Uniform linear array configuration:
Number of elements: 12
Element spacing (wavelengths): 0.75
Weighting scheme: hann
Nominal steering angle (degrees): -30
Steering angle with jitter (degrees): -29.798
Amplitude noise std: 0.05
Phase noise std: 0.05

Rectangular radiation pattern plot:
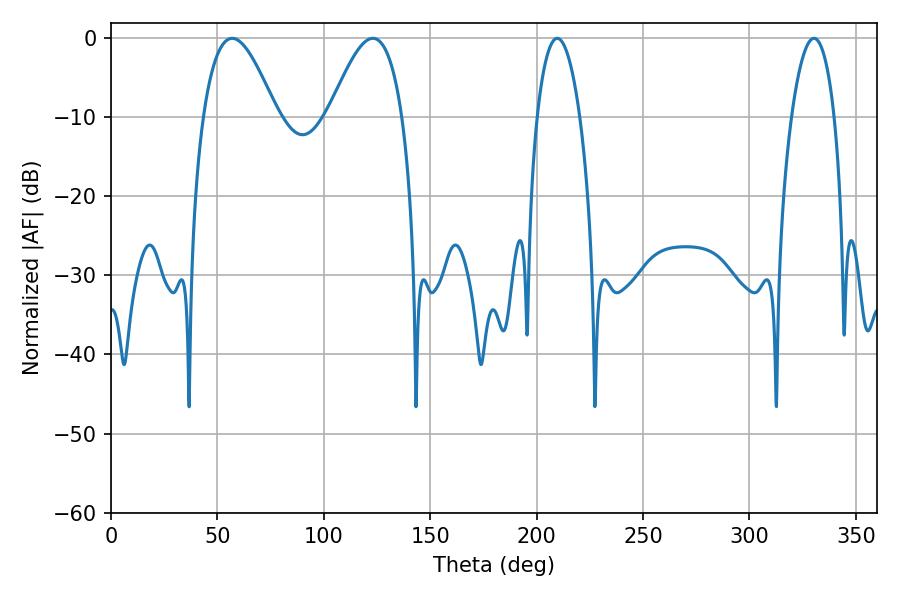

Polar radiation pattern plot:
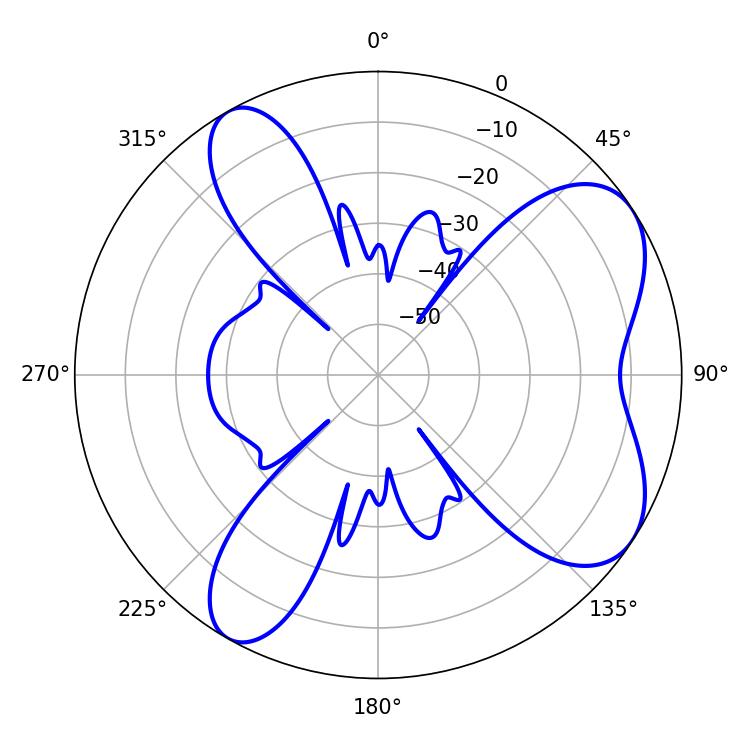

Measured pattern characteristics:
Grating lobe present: TRUE
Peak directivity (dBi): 6.857
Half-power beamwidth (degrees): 11.16
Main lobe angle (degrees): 209.7